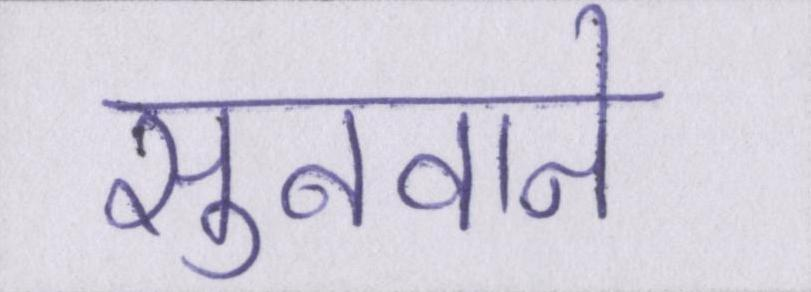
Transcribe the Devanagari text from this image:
सुनवाने